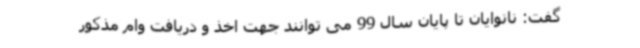
گفت: نانوایان تا پایان سال 99 می توانند جهت اخذ و دریافت وام مذکور